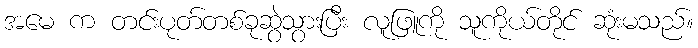
အမေ က တင်းပုတ်တစ်ခုဆွဲသွားပြီး လူဖြူကို သူကိုယ်တိုင် ဆုံးမသည်။